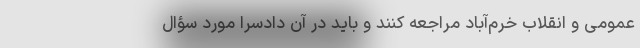
عمومی و انقلاب خرم‌آباد مراجعه کنند و باید در آن دادسرا مورد سؤال